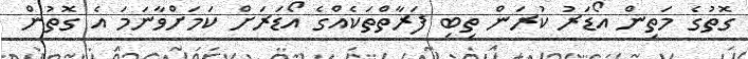
ގޮތުގެ މަތިން އޯޑަރު ކުރަން ތިބި ފަރާތްތަކެއްގެ އޯޑަރަށް ކަމަށްވާނަމަ އެ ގޮތުން